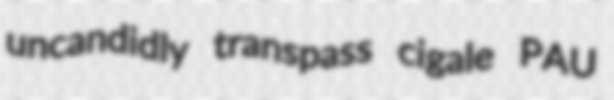
uncandidly transpass cigale PAU